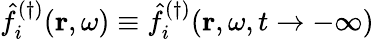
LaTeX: \hat{f}_{i}^{(\dagger)}(\mathbf{r},\omega)\equiv\hat{f}_{i}^{(\dagger)}(\mathbf{r},\omega,t\rightarrow-\infty)